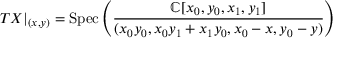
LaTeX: T X | _ { ( x , y ) } = { \mathrm { S p e c } } \left( { \frac { \mathbb { C } [ x _ { 0 } , y _ { 0 } , x _ { 1 } , y _ { 1 } ] } { ( x _ { 0 } y _ { 0 } , x _ { 0 } y _ { 1 } + x _ { 1 } y _ { 0 } , x _ { 0 } - x , y _ { 0 } - y ) } } \right)